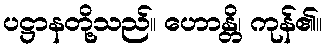
ပဋ္ဌာနတို့သည်။ ဟောန္တိ၊ ကုန်၏။